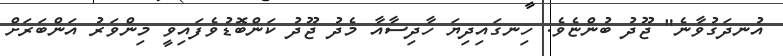
އުނދަގުވާނެ" ޖޫދު ބުންޏެވެ. ހިނގައިދިޔަ ހާދިސާއާ މެދު ޖޫދު ކަންބޮޑުވެފައިވީ މިންވަރު އަންބަރަށް